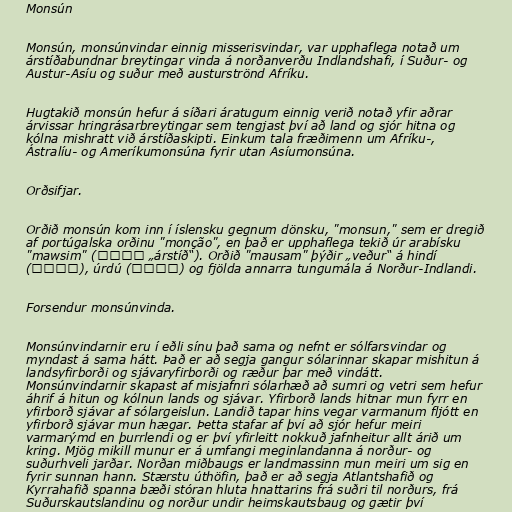
Monsún

Monsún, monsúnvindar einnig misserisvindar, var upphaflega notað um
árstíðabundnar breytingar vinda á norðanverðu Indlandshafi, í Suður- og
Austur-Asíu og suður með austurströnd Afríku.

Hugtakið monsún hefur á síðari áratugum einnig verið notað yfir aðrar
árvissar hringrásarbreytingar sem tengjast því að land og sjór hitna og
kólna mishratt við árstíðaskipti. Einkum tala fræðimenn um Afríku-,
Ástralíu- og Ameríkumonsúna fyrir utan Asíumonsúna.

Orðsifjar.

Orðið monsún kom inn í íslensku gegnum dönsku, "monsun," sem er dregið
af portúgalska orðinu "monção", en það er upphaflega tekið úr arabísku
"mawsim" (موسم „árstíð“). Orðið "mausam" þýðir „veður“ á hindí
(मौसम), úrdú (موسم) og fjölda annarra tungumála á Norður-Indlandi.

Forsendur monsúnvinda.

Monsúnvindarnir eru í eðli sínu það sama og nefnt er sólfarsvindar og
myndast á sama hátt. Það er að segja gangur sólarinnar skapar mishitun á
landsyfirborði og sjávaryfirborði og ræður þar með vindátt.
Monsúnvindarnir skapast af misjafnri sólarhæð að sumri og vetri sem hefur
áhrif á hitun og kólnun lands og sjávar. Yfirborð lands hitnar mun fyrr en
yfirborð sjávar af sólargeislun. Landið tapar hins vegar varmanum fljótt en
yfirborð sjávar mun hægar. Þetta stafar af því að sjór hefur meiri
varmarýmd en þurrlendi og er því yfirleitt nokkuð jafnheitur allt árið um
kring. Mjög mikill munur er á umfangi meginlandanna á norður- og
suðurhveli jarðar. Norðan miðbaugs er landmassinn mun meiri um sig en
fyrir sunnan hann. Stærstu úthöfin, það er að segja Atlantshafið og
Kyrrahafið spanna bæði stóran hluta hnattarins frá suðri til norðurs, frá
Suðurskautslandinu og norður undir heimskautsbaug og gætir því